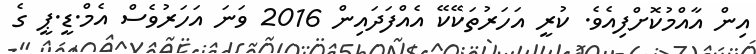
އިން އާއްމުކޮށްފިއެވެ. ކުރީ އަހަރުތަކޭކޭ އެއްފަދައިން 2016 ވަނަ އަހަރުވެސް އެމް.ޑީ.ޕީ ގެ